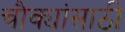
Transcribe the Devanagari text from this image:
चौक्यांसाठी